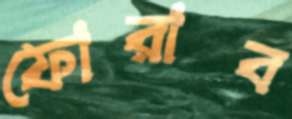
ফোরাব